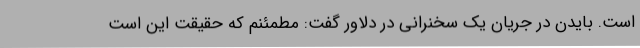
است. بایدن در جریان یک سخنرانی در دلاور گفت: مطمئنم که حقیقت این است